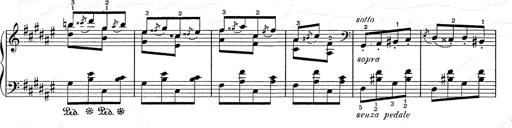
Title: Hungarian Rhapsody No.2
Composer: Franz Liszt
Key: C-sharp minor